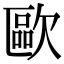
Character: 歐